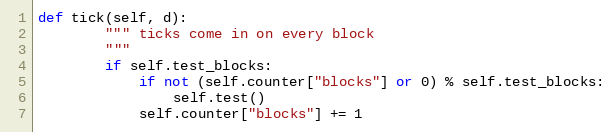
Language: Python
def tick(self, d):
        """ ticks come in on every block
        """
        if self.test_blocks:
            if not (self.counter["blocks"] or 0) % self.test_blocks:
                self.test()
            self.counter["blocks"] += 1